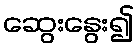
ဆွေးနွေး၍